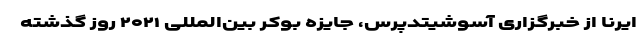
ایرنا از خبرگزاری آسوشیتدپرس، جایزه بوکر بین‌المللی ۲۰۲۱ روز گذشته